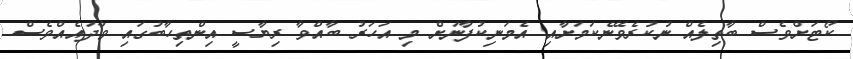
ކޯޓަށްވެސް ބާތިލެއް ނުކުރެވޭނެކަމަށާއި އެމަނިކުފާނަށް މި އަހަރު ބާއްވާ ރިޔާސީ އިންތިހާބުގައި ވާދައެއްވެސް